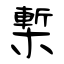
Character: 槧